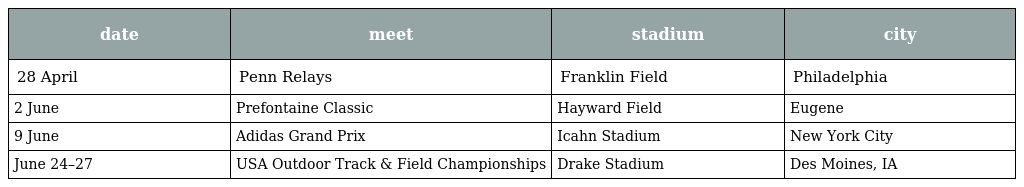
| date | meet | stadium | city |
 | --- | --- | --- | --- |
 | 28 April | Penn Relays | Franklin Field | Philadelphia |
 | 2 June | Prefontaine Classic | Hayward Field | Eugene |
 | 9 June | Adidas Grand Prix | Icahn Stadium | New York City |
 | June 24–27 | USA Outdoor Track & Field Championships | Drake Stadium | Des Moines, IA |